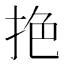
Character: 𢬘